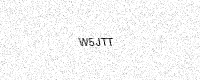
Text: W5JTT